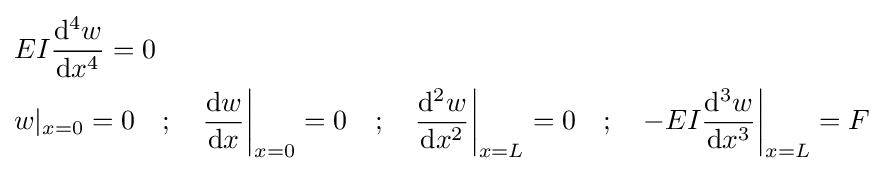
{\begin{aligned}&EI{\frac {\mathrm {d} ^{4}w}{\mathrm {d} x^{4}}}=0\\&w|_{x=0}=0\quad ;\quad {\frac {\mathrm {d} w}{\mathrm {d} x}}{\bigg |}_{x=0}=0\quad ;\quad {\frac {\mathrm {d} ^{2}w}{\mathrm {d} x^{2}}}{\bigg |}_{x=L}=0\quad ;\quad -EI{\frac {\mathrm {d} ^{3}w}{\mathrm {d} x^{3}}}{\bigg |}_{x=L}=F\,\end{aligned}}